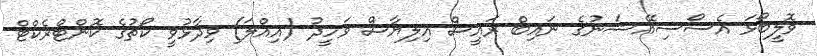
ވޮލީބޯޅަ އެސޯސިއޭޝަނުގެ ނައިބް ރައީސް އިލިޔާސް ވަހީދު (އިއްލަ) ވިދާޅުވީ ކޯޗުގެ ކޮންޓްރެކްޓް